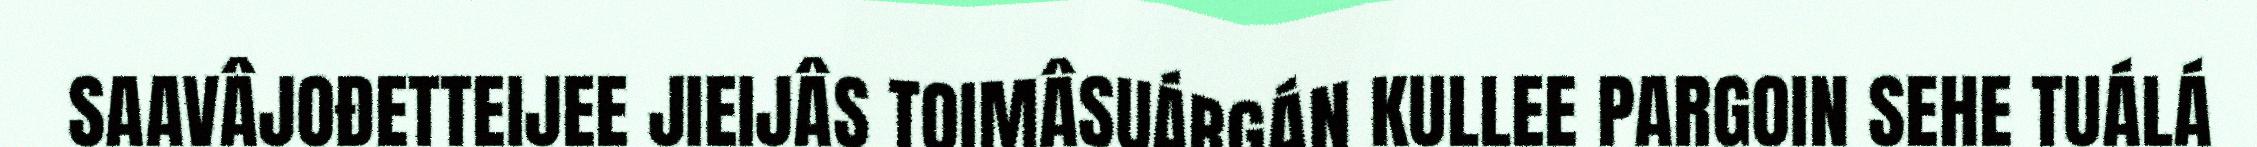
SAAVÂJOĐETTEIJEE JIEIJÂS TOIMÂSUÁRGÁN KULLEE PARGOIN SEHE TUÁLÁ